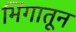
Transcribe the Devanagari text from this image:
भिंगातून